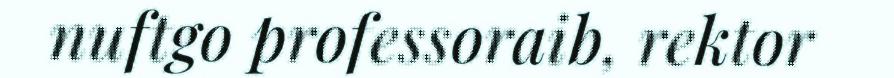
nuftgo professoraib, rektor